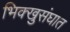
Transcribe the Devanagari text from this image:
भिक्खुसंघात